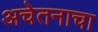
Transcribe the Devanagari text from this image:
अचेतनाचा